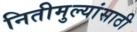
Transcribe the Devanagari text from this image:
नितीमुल्यांसाठी